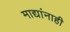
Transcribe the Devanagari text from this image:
माद्यांनाही